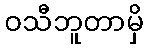
ဝသီဘူတာမှိ